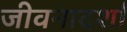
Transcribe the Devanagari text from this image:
जीवनादर्शां